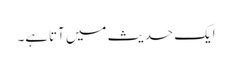
ایک حدیث میں آتاہے۔